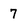
Character: 7